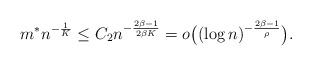
LaTeX: \begin{align*}m^* n^{-\frac{1}{K} } \leq C_2 n^{-\frac{2\beta -1}{2\beta K} } =o\big( (\log n)^{-\frac{2\beta -1}{\rho} }\big). \end{align*}